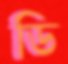
ডি